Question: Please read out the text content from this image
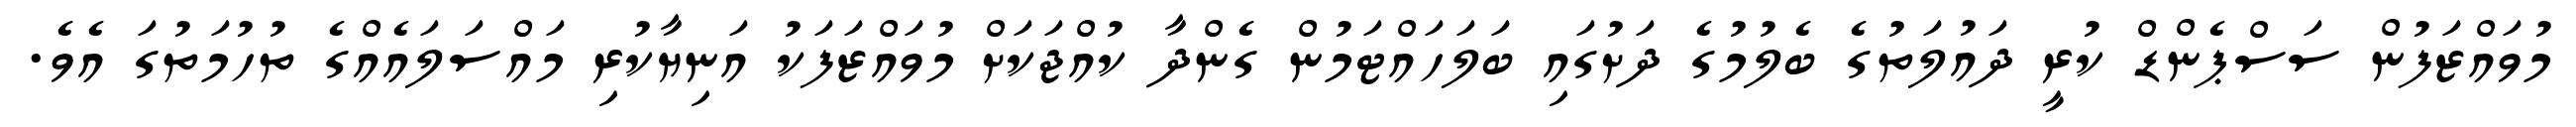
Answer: މުވައްޒަފުން ސަސްޕެންޑް ކުރީ ދައުލަތުގެ ބެލުމުގެ ދަށުގައި ބަލަހައްޓަމުން ގެންދާ ކުއްޖަކަށް މުވައްޒަފަކު އަނިޔާކުރި މައްސަލައެއްގެ ތުހުމަތުގަ އެވެ.